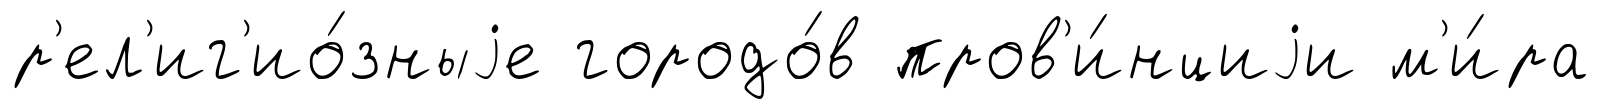
р'ел'иг'ио́зныjе городо́в пров'и́нциjи м'и́ра